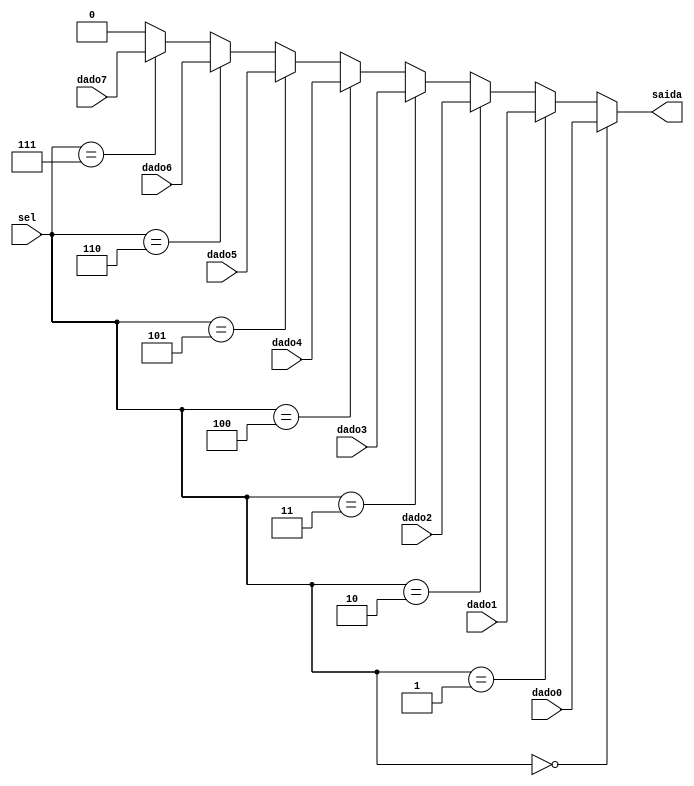
module mux1_8(
	input [2:0] sel,
	input dado0,dado1,dado2,dado3,dado4,dado5,dado6,dado7,
	output saida
	);
	
assign saida = sel==3'b000 ? dado0 :
					sel==3'b001 ? dado1 :
					sel==3'b010 ? dado2 :
					sel==3'b011 ? dado3 :
					sel==3'b100 ? dado4 :
					sel==3'b101 ? dado5 :
					sel==3'b110 ? dado6 :
					sel==3'b111 ? dado7 : 1'b0;	
			
endmodule